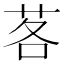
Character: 茖